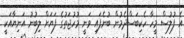
އެ ފުލުސް މީހާ ހެކިބަސްދެމުން ބުނެފައި ވަނީ މުހުޖަތުގެ ފަޔަށް ލިބުނު އަނިޔާއަކީ